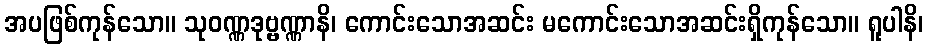
အပဖြစ်ကုန်သော။ သုဝဏ္ဏဒုဗ္ဗဏ္ဏာနိ၊ ကောင်းသောအဆင်း မကောင်းသောအဆင်းရှိကုန်သော။ ရူပါနိ၊